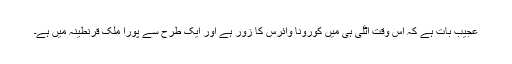
عجیب بات ہے کہ اس وقت اٹلی ہی میں کورونا وائرس کا زور ہے اور ایک طرح سے پورا ملک قرنطینہ میں ہے۔